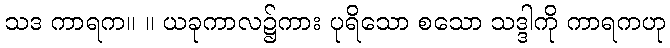
သဒ ကာရက။ ။ ယခုကာလ၌ကား ပုရိသော စသော သဒ္ဒါကို ကာရကဟု